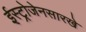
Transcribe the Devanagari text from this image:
ईस्ट्रोजेनसारखे